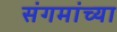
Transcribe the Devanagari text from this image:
संगमांच्या